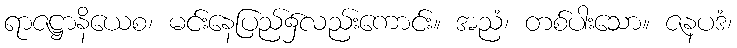
ရာဇဋ္ဌာနိယေစ၊ မင်းနေပြည်၌လည်းကောင်း။ အညံ၊ တစ်ပါးသော။ ဇနပဒံ၊